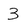
Character: 3